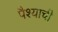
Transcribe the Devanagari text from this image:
पैश्याची